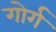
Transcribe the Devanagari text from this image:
गोर्ग